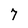
Character: 7